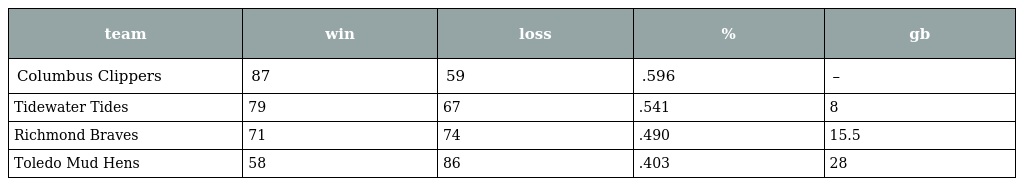
| team | win | loss | % | gb |
 | --- | --- | --- | --- | --- |
 | Columbus Clippers | 87 | 59 | .596 | – |
 | Tidewater Tides | 79 | 67 | .541 | 8 |
 | Richmond Braves | 71 | 74 | .490 | 15.5 |
 | Toledo Mud Hens | 58 | 86 | .403 | 28 |